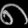
Digit: ၈